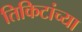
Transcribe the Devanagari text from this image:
तिकिटांच्या